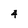
Character: 4